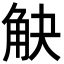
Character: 觖